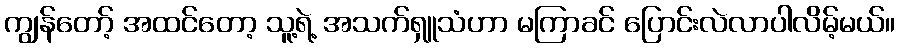
ကျွန်တော့် အထင်တော့ သူ့ရဲ့ အသက်ရှူသံဟာ မကြာခင် ပြောင်းလဲလာပါလိမ့်မယ်။